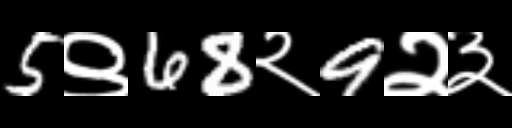
Text: 5९68२9२३